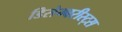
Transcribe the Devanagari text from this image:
डिसेम्बरीस्ट्स